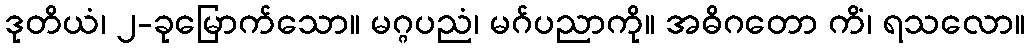
ဒုတိယံ၊ ၂-ခုမြောက်သော။ မဂ္ဂပညံ၊ မဂ်ပညာကို။ အဓိဂတော ကိံ၊ ရသလော။